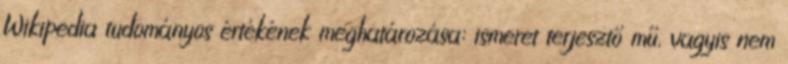
Wikipedia tudományos értékének meghatározása: ismeret terjesztő mű, vagyis nem